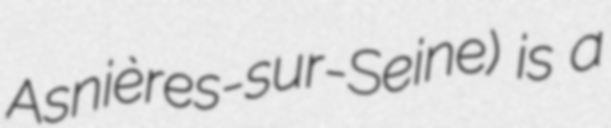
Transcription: Asnières-sur-Seine) is a